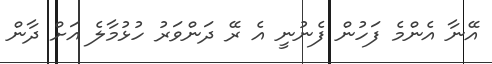
އޭނާ އެންމެ ފަހުން ފެނުނީ އެ ރޭ ދަންވަރު ހުޅުމާލެ އަށް ދާން